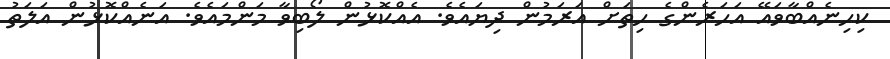
ކިހިނެއްބާވައޭ އަހަރެންގެ ހިތަށް އަރަމުން ދިޔައެވެ. އެއްކޮޅުން ލޯބިވާ މަންމައެވެ. އަނެއްކޮޅުން އަލަތު